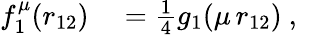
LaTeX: \begin{array}{rl}{f_{1}^{\mu}(r_{12})}&{{}=\frac{1}{4}g_{1}(\mu\, r_{12})\mathrm{~,~}}\end{array}